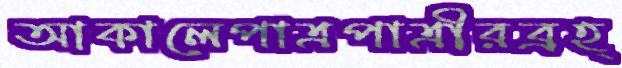
আকালেপাত্রপাত্রীরব্রহ্